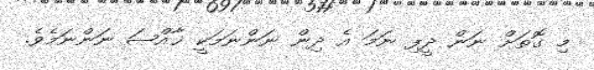
މި ގޮތަށް ނަން ދީފި ނަމަ އެ ދިން ނަންނަމަކީ ޚާއްޞަ ނަންނަމެވެ.